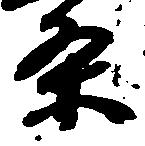
条